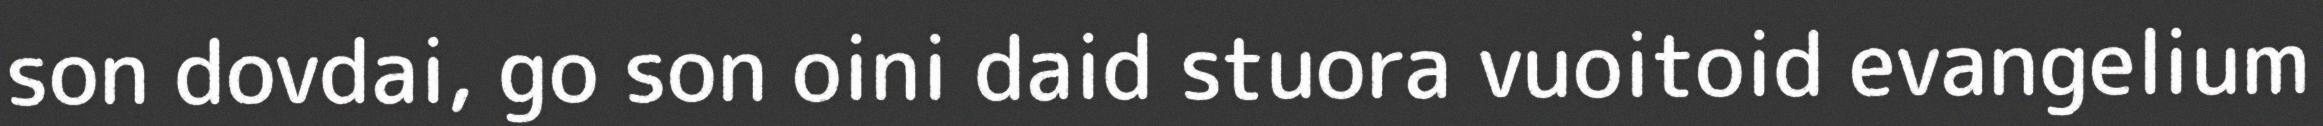
son dovdai, go son oini daid stuora vuoitoid evangelium